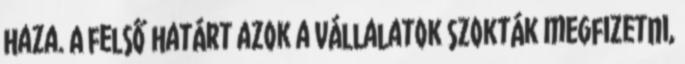
haza. A felső határt azok a vállalatok szokták megfizetni,